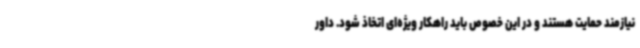
نیازمند حمایت هستند و در این خصوص باید راهکار ویژه‌ای اتخاذ شود. داور